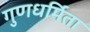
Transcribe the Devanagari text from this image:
गुणधर्मिता